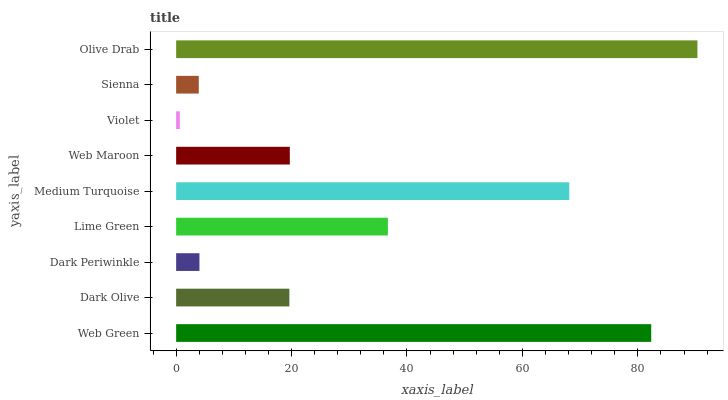
| yaxis_label | bars |
 | --- | --- |
 | Web Green | 82.3 |
 | Dark Olive | 19.6 |
 | Dark Periwinkle | 4.04 |
 | Lime Green | 36.7 |
 | Medium Turquoise | 68.1 |
 | Web Maroon | 19.7 |
 | Violet | 0.64 |
 | Sienna | 3.92 |
 | Olive Drab | 90.3 |